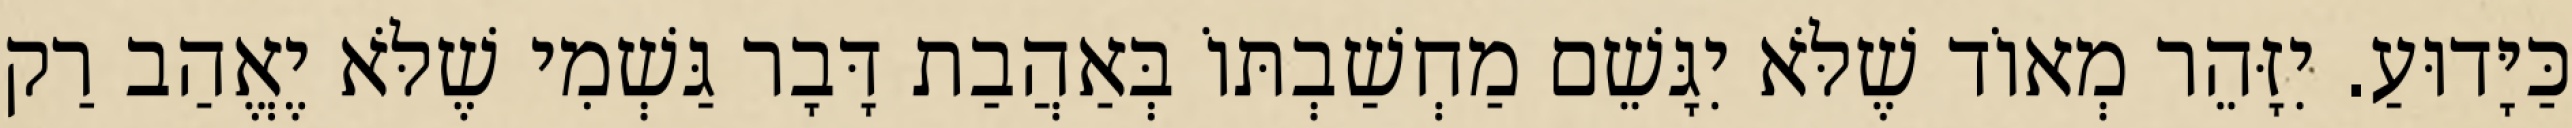
כַּיָּדוּעַ. יִזָּהֵר מְאוֹד שֶׁלֹּא יִגָּשֵׁם מַחְשַׁבְתּוֹ בְּאַהֲבַת דָּבָר גַּשְׁמִי שֶׁלֹּא יֶאֱהַב רַק